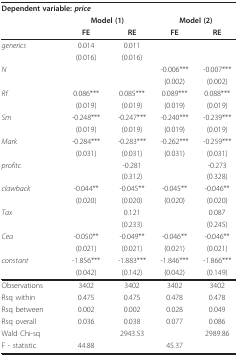
<table><thead><tr><td colspan="2"><b>Dependent variable: <i>price</i></b></td><td></td><td></td><td></td></tr><tr><td></td><td colspan="2"><b>Model (1)</b></td><td colspan="2"><b>Model (2)</b></td></tr><tr><td></td><td><b>FE</b></td><td><b>RE</b></td><td><b>FE</b></td><td><b>RE</b></td></tr></thead><tbody><tr><td><i>generics</i></td><td>0.014</td><td>0.011</td><td></td><td></td></tr><tr><td></td><td>(0.016)</td><td>(0.016)</td><td></td><td></td></tr><tr><td><i>N</i></td><td></td><td></td><td>-0.006***</td><td>-0.007***</td></tr><tr><td></td><td></td><td></td><td>(0.002)</td><td>(0.002)</td></tr><tr><td><i>Rf</i></td><td>0.086***</td><td>0.085***</td><td>0.089***</td><td>0.088***</td></tr><tr><td></td><td>(0.019)</td><td>(0.019)</td><td>(0.019)</td><td>(0.019)</td></tr><tr><td><i>Sm</i></td><td>-0.248***</td><td>-0.247***</td><td>-0.240***</td><td>-0.239***</td></tr><tr><td></td><td>(0.019)</td><td>(0.019)</td><td>(0.019)</td><td>(0.019)</td></tr><tr><td><i>Mark</i></td><td>-0.284***</td><td>-0.283***</td><td>-0.262***</td><td>-0.259***</td></tr><tr><td></td><td>(0.031)</td><td>(0.031)</td><td>(0.031)</td><td>(0.031)</td></tr><tr><td><i>profitc</i></td><td></td><td>-0.281</td><td></td><td>-0.273</td></tr><tr><td></td><td></td><td>(0.312)</td><td></td><td>(0.328)</td></tr><tr><td><i>clawback</i></td><td>-0.044**</td><td>-0.045**</td><td>-0.045**</td><td>-0.046**</td></tr><tr><td></td><td>(0.020)</td><td>(0.020)</td><td>(0.020)</td><td>(0.020)</td></tr><tr><td><i>Tax</i></td><td></td><td>0.121</td><td></td><td>0.087</td></tr><tr><td></td><td></td><td>(0.233)</td><td></td><td>(0.245)</td></tr><tr><td><i>Cea</i></td><td>-0.050**</td><td>-0.049**</td><td>-0.046**</td><td>-0.046**</td></tr><tr><td></td><td>(0.021)</td><td>(0.021)</td><td>(0.021)</td><td>(0.021)</td></tr><tr><td><i>constant</i></td><td>-1.856***</td><td>-1.883***</td><td>-1.846***</td><td>-1.866***</td></tr><tr><td></td><td>(0.042)</td><td>(0.142)</td><td>(0.042)</td><td>(0.149)</td></tr><tr><td>Observations</td><td>3402</td><td>3402</td><td>3402</td><td>3402</td></tr><tr><td>Rsq within</td><td>0.475</td><td>0.475</td><td>0.478</td><td>0.478</td></tr><tr><td>Rsq between</td><td>0.002</td><td>0.002</td><td>0.028</td><td>0.049</td></tr><tr><td>Rsq overall</td><td>0.036</td><td>0.038</td><td>0.077</td><td>0.086</td></tr><tr><td>Wald Chi-sq</td><td></td><td>2943.53</td><td></td><td>2989.86</td></tr><tr><td>F - statistic</td><td>44.88</td><td></td><td>45.37</td><td></td></tr></tbody></table>